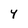
Character: Y